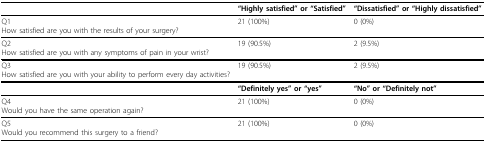
|  | "Highly satisfied" or "Satisfied" | "Dissatisfied" or "Highly dissatisfied" |
 | --- | --- | --- |
 | Q1How satisfied are you with the results of your surgery? | 21 (100%) | 0 (0%) |
 | Q2How satisfied are you with any symptoms of pain in your wrist? | 19 (90.5%) | 2 (9.5%) |
 | Q3How satisfied are you with your ability to perform every day activities? | 19 (90.5%) | 2 (9.5%) |
 |  | "Definitely yes" or "yes" | "No" or "Definitely not" |
 | Q4Would you have the same operation again? | 21 (100%) | 0 (0%) |
 | Q5Would you recommend this surgery to a friend? | 21 (100%) | 0 (0%) |